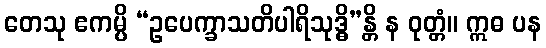
တေသု ဧကမ္ပိ “ဥပေက္ခာသတိပါရိသုဒ္ဓိ”န္တိ န ဝုတ္တံ။ ဣဓ ပန